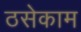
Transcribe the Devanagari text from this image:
ठसेकाम